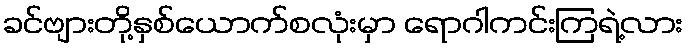
ခင်ဗျားတို့နှစ်ယောက်စလုံးမှာ ရောဂါကင်းကြရဲ့လား